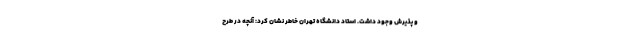
و پذیرش وجود داشت. استاد دانشگاه تهران خاطر نشان کرد: آنچه در طرح